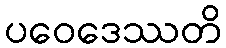
ပဝေဒေဿတိ